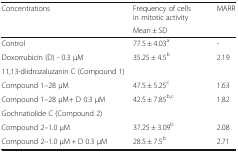
<table><thead><tr><td rowspan="2"><b>Concentrations</b></td><td><b>Frequency of cells in mitotic activity</b></td><td rowspan="2"><b>MARR</b></td></tr><tr><td><b>Mean ± SD</b></td></tr></thead><tbody><tr><td>Control</td><td>77.5 ± 4.03<sup>a</sup></td><td>-</td></tr><tr><td>Doxorrubicin (D) - 0.3 μM</td><td>35.25 ± 4.5<sup>b</sup></td><td>2.19</td></tr><tr><td colspan="3">11,13-diidrozaluzanin C (Compound 1)</td></tr><tr><td>Compound 1–28 μM</td><td>47.5 ± 5.25<sup>c</sup></td><td>1.63</td></tr><tr><td>Compound 1–28 μM+ D 0.3 μM</td><td>42.5 ± 7.85<sup>b,c</sup></td><td>1.82</td></tr><tr><td colspan="3">Gochnatiolide C (Compound 2)</td></tr><tr><td>Compound 2–1.0 μM</td><td>37.25 ± 3.09<sup>b</sup></td><td>2.08</td></tr><tr><td>Compound 2–1.0 μM + D 0.3 μM</td><td>28.5 ± 7.5<sup>b</sup></td><td>2.71</td></tr></tbody></table>